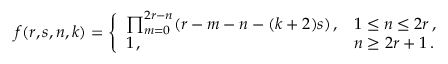
f ( r , s , n , k ) = \left\{ \begin{array} { l l } { { \prod _ { m = 0 } ^ { 2 r - n } ( r - m - n - ( k + 2 ) s ) \, , } } & { { 1 \leq n \leq 2 r \, , } } \\ { { 1 \, , } } & { { n \geq 2 r + 1 \, . } } \end{array} \right.